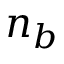
n _ { b }